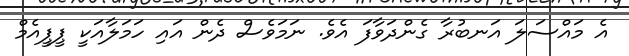
އެ މައްސަލަ އަނބުރާ ގެންދަވާފަ އެވެ. ނަމަވެސް ދެން އައި ހަމަލާއަކީ ޕީޕީއެމް